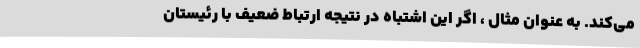
می‌کند. به عنوان مثال ، اگر این اشتباه در نتیجه ارتباط ضعیف با رئیستان